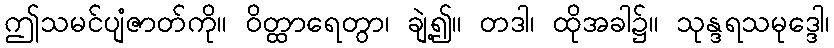
ဤသမင်ပျံဇာတ်ကို။ ဝိတ္ထာရေတွာ၊ ချဲ့၍။ တဒါ၊ ထိုအခါ၌။ သုန္ဒရသမုဒ္ဒေါ၊